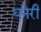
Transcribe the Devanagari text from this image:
घनेरी